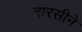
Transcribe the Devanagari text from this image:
वारसीने